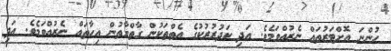
ހުންނަ އޮށްޓަރުތައް ނެރުއްވަމެވެ. އަދި ކަދުރުރުކުގެ އެތްތަކުން ގާތްގާތުން އިހާތައް ނެރުއްވަމެވެ. އަދި